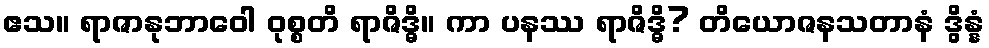
ဧသ။ ရာဇာနုဘာဝေါ ဝုစ္စတိ ရာဇိဒ္ဓိ။ ကာ ပနဿ ရာဇိဒ္ဓိ? တိယောဇနသတာနံ ဒွိန္နံ